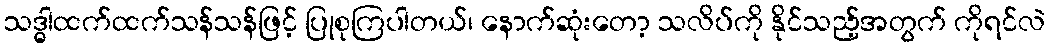
သဒ္ဓါထက်ထက်သန်သန်ဖြင့် ပြုစုကြပါတယ်၊ နောက်ဆုံးတော့ သလိပ်ကို နိုင်သည့်အတွက် ကိုရင်လဲ